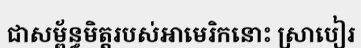
ជាសម្ព័ន្ធមិត្តរបស់អាមេរិកនោះ ស្រាបៀរ